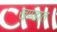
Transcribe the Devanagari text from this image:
खण्डात